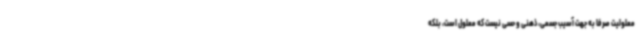
معلولیت صرفا به جهت آسیب جسمی، ذهنی و حسی نیست که معلول است، بلکه